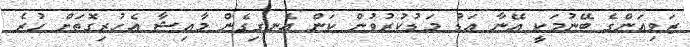
ޒަވިއަންގެ ބޭނުމަކީ އޭނާ އަޑު މަޑުކުރުވުން ކަން އެނގިގެން މާއިޝާ އެހުރިގޮތަށް ހުރެ